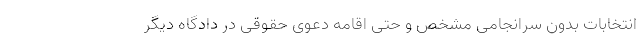
انتخابات بدون سرانجامی مشخص و حتی اقامه دعوی حقوقی در دادگاه دیگر